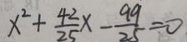
x ^ { 2 } + \frac { 4 2 } { 2 5 } x - \frac { 9 9 } { 2 5 } = 0